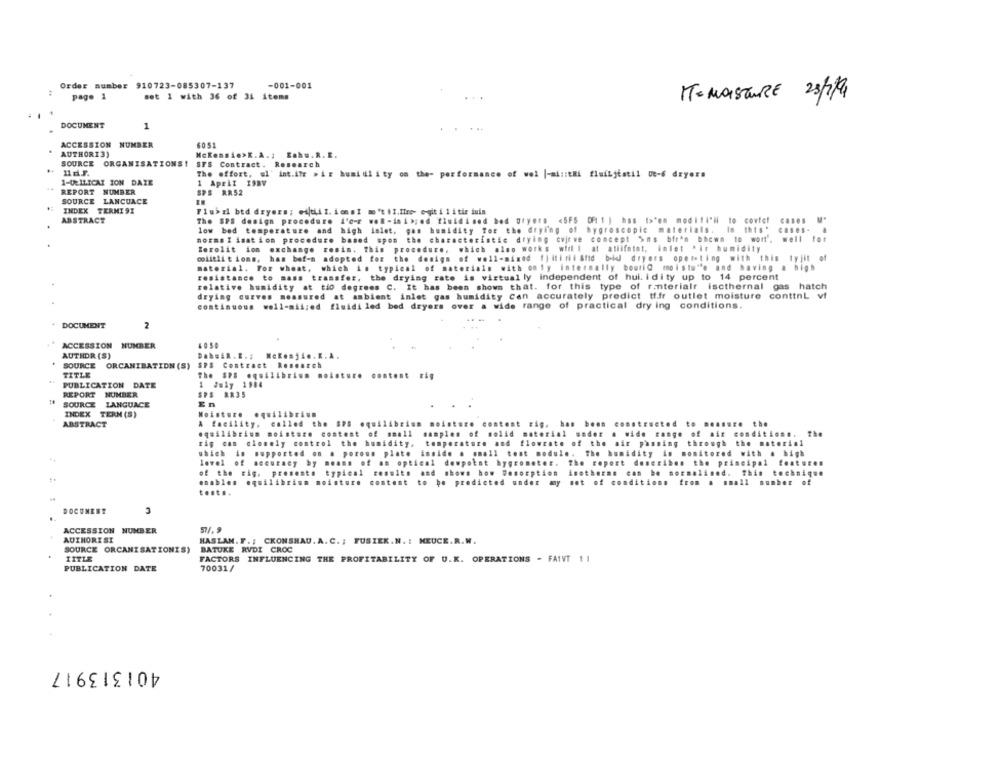
Order number 910723-085307-137
-001-001
page 1
set 1 with 36 of 31 items
. .
IT= MOISTURE 25/2/1
DOCUMENT
1
. . +
ACCESSION NUMBER
6051
AUTHORI3)
SOURCE ORGANISATIONS!
SFS Contract. Research
The effort, wl' int.ifr wir humidl ity on the- performance of wel |-ai :: thi fluiLjtatil Ut-6 deyers
1-IRILICAT ION DAIR
1 April 19BV
REPORT NUMBER
SPS R.R.52
SOURCE LANCUACE
INDEX TERMI 9I
Flubri bed dryers ; wijtiil. ionsI mo 't .I.fire- c-git i 1 i tir duin
ABSTRACT
The SPS design procedure L'o-r wel-ini>; ed fluidised bed Dryers <5FS OF( 1 ) has to"en modifi'li to covfet
Cases
M"
low bed temperature and high islet, gas humidity for the drying of hygroscopic materials. in this"
norms I isation procedure based upon the characteristic drying cvjeve concept >ns bfr'n bhewn to wort. well for
ferolit ion exchange resim. This procedure, which also works wirl I at atiifatot, intet "ir humidity
colitlit ions, has bof-n adopted for the design of well-mixed f)itiril Afid bi dryers opeteting with this tyjit of
material. For wheat, which is typical of materials with only internally bouriQ moistw"'e and having a high
resistance to mass transfer, the drying rate is virtually independent of hul. idity up to 14 percent
relative humidity at tio degrees C. It has been shown that. for this type of ranterialr iscthernal gas hatch
drying curves measured at ambient inlet gas humidity Can accurately predict tf.fr outlet moisture conttnL vf
continuous well-mil;ed fluidi led bed dryers over a wide range of practical dry ing conditions.
DOCUMENT
2
ACCESSION NUMBER
AUTHOR (S)
MeRosjio.R.A.
SOURCE ORCANIBATION (S) SPS Contract Research
TITLE
the $15 .quilibrium moisture content rig
PUBLICATION DATE
1 July 1984
REPORT NUMBER
SPS RR35
SOURCE
LANGUACE
En
equilibrium
INDEX TERN (S)
ABSTRACT
A facility, called the SPS equilibrium no.
ructed to measure the
equilibrium moisture content of #mall
solid
range of air condition#.
rig can closely control the humidity,
ton
and
assing through the material
which is
supported on a porous plate
insi
ant
monitored with a high
level of accuracy by means of an optienl
the principal features
of the rig. presents
typical
and shows how Desorption
Anoth
normalised.
This technique
enables equilibrium moisture content
from a small number of
to be predicted under my set
ions
test ..
DOCUMENT
ACCESSION NUMBER
57/.9
AUTHORI SI
HASTAN. F .; CKONSHAD. A. C. ; TUSIEK.N. : MEUCE.R.W.
SOURCE ORCANISATIONIS)
BATUKE RVDI CROC
TITLE
FACTORS INFLUENCING THE PROFITABILITY OF U.K. OPERATIONS - FAIVT 1 1
PUBLICATION DATE
70031/
401313917